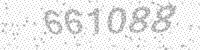
Solution: 661088